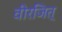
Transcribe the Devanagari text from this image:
वीरजित्